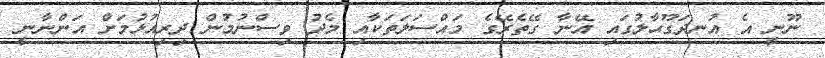
ނޫނީ އެ އުނދަގޫޙާލުގައި އޭނާ ގޭތެރޭގެ މައްސަލަތަކާއި މެދު ވިސްނުމުން ދިރިއުޅުމަށް އަންނާނީ